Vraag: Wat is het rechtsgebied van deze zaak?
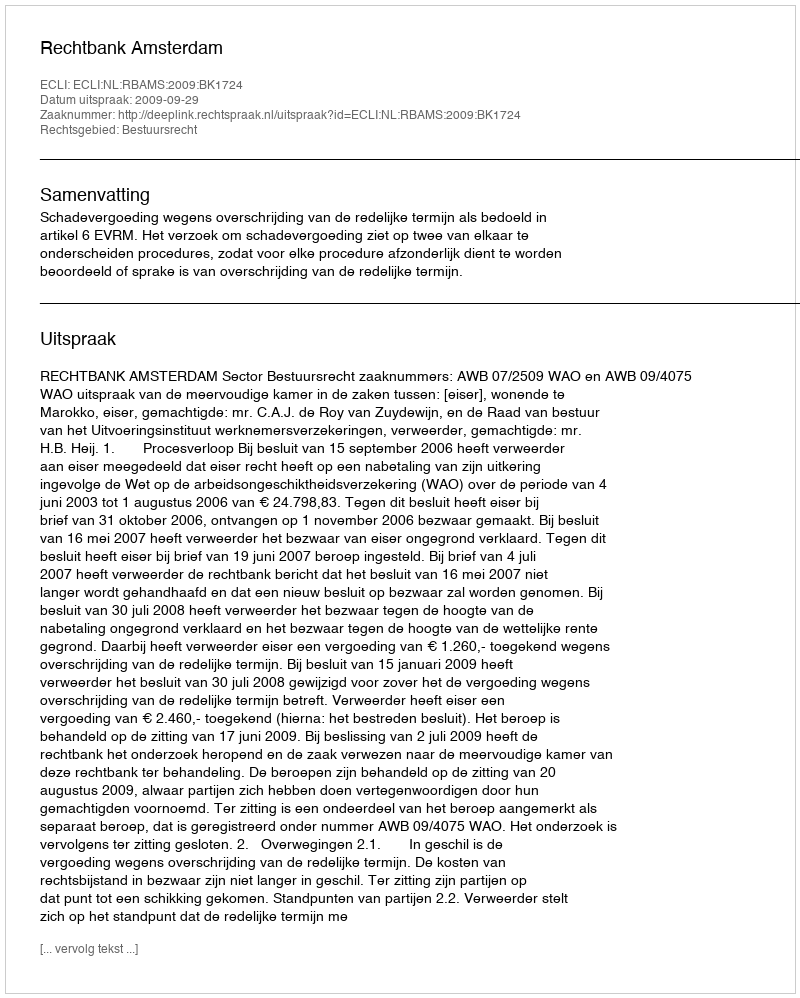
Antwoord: Bestuursrecht